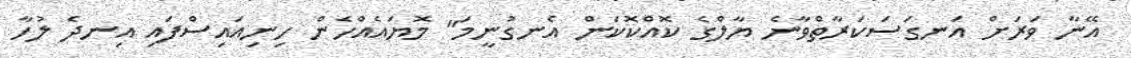
އޭނާ ވަރަށް އަނގަސަކަރާތްވާނެ ޔާލްގެ ކޮއްކޮކަން އެނގުނީމަ" މޮޔައެއްހެން ހިނިއައިސްފައި އިނދެ ލުހާ